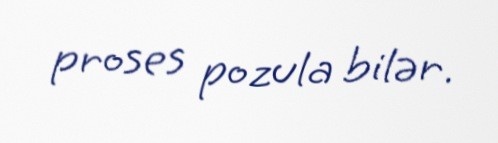
proses pozula bilər.